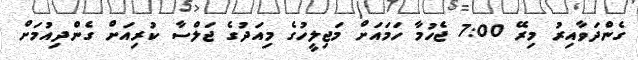
ގެންދަވާއިރު މިރޭ 7:00 ޖެހުމާ ހަމައަށް މަޖިލީހުގެ މިއަދުގެ ޖަލްސާ ކުރިއަށް ގެންދިއުމަށް